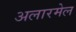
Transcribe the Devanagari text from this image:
अलारमेल